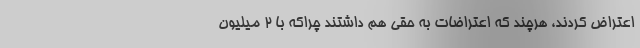
اعتراض کردند، هرچند که اعتراضات به حقی هم داشتند چراکه با ۲ میلیون